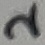
Text: 2